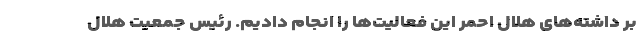
بر داشته‌های هلال احمر این فعالیت‌ها را انجام دادیم. رئیس جمعیت هلال